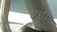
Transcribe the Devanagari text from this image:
ॲग्री